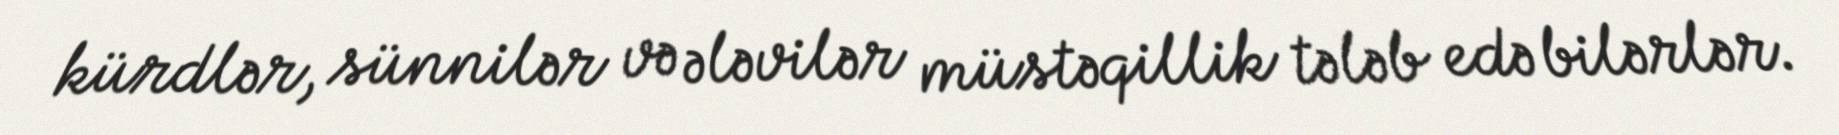
kürdlər, sünnilər və ələvilər müstəqillik tələb edə bilərlər.